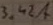
Text: 3.24A